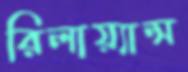
রিলায়্যান্স